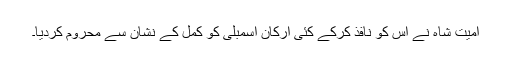
امیت شاہ نے اس کو نافذ کرکے کئی ارکان اسمبلی کو کمل کے نشان سے محروم کردیا۔